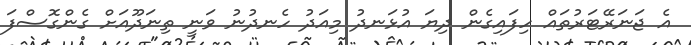
އެ ޖަނަރޭޓަރުތައް ހިފައިގެން ދިޔަ އުޅަނދު މިއަދު ހެނދުނު ވަނީ ތިނަދޫއަށް ގެންގޮސްފަ